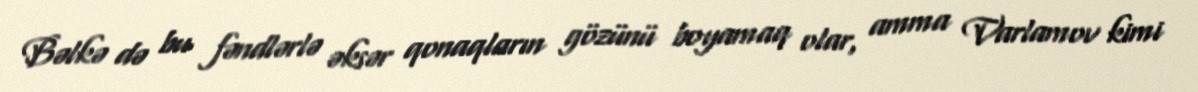
Bəlkə də bu fəndlərlə əksər qonaqların gözünü boyamaq olar, amma Varlamov kimi